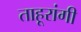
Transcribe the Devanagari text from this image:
ताहूरांगी